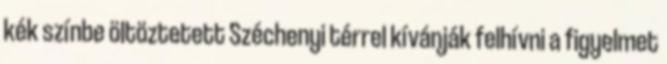
kék színbe öltöztetett Széchenyi térrel kívánják felhívni a figyelmet